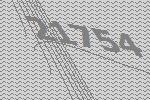
21754